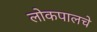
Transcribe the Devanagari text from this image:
लोकपालचे